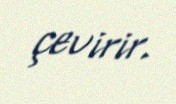
çevirir.